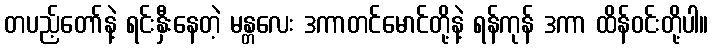
တပည့်တော်နဲ့ ရင်းနှီးနေတဲ့ မန္တလေး ဒကာတင်မောင်တို့နဲ့ ရန်ကုန် ဒကာ ထိန်ဝင်းတို့ပါ။